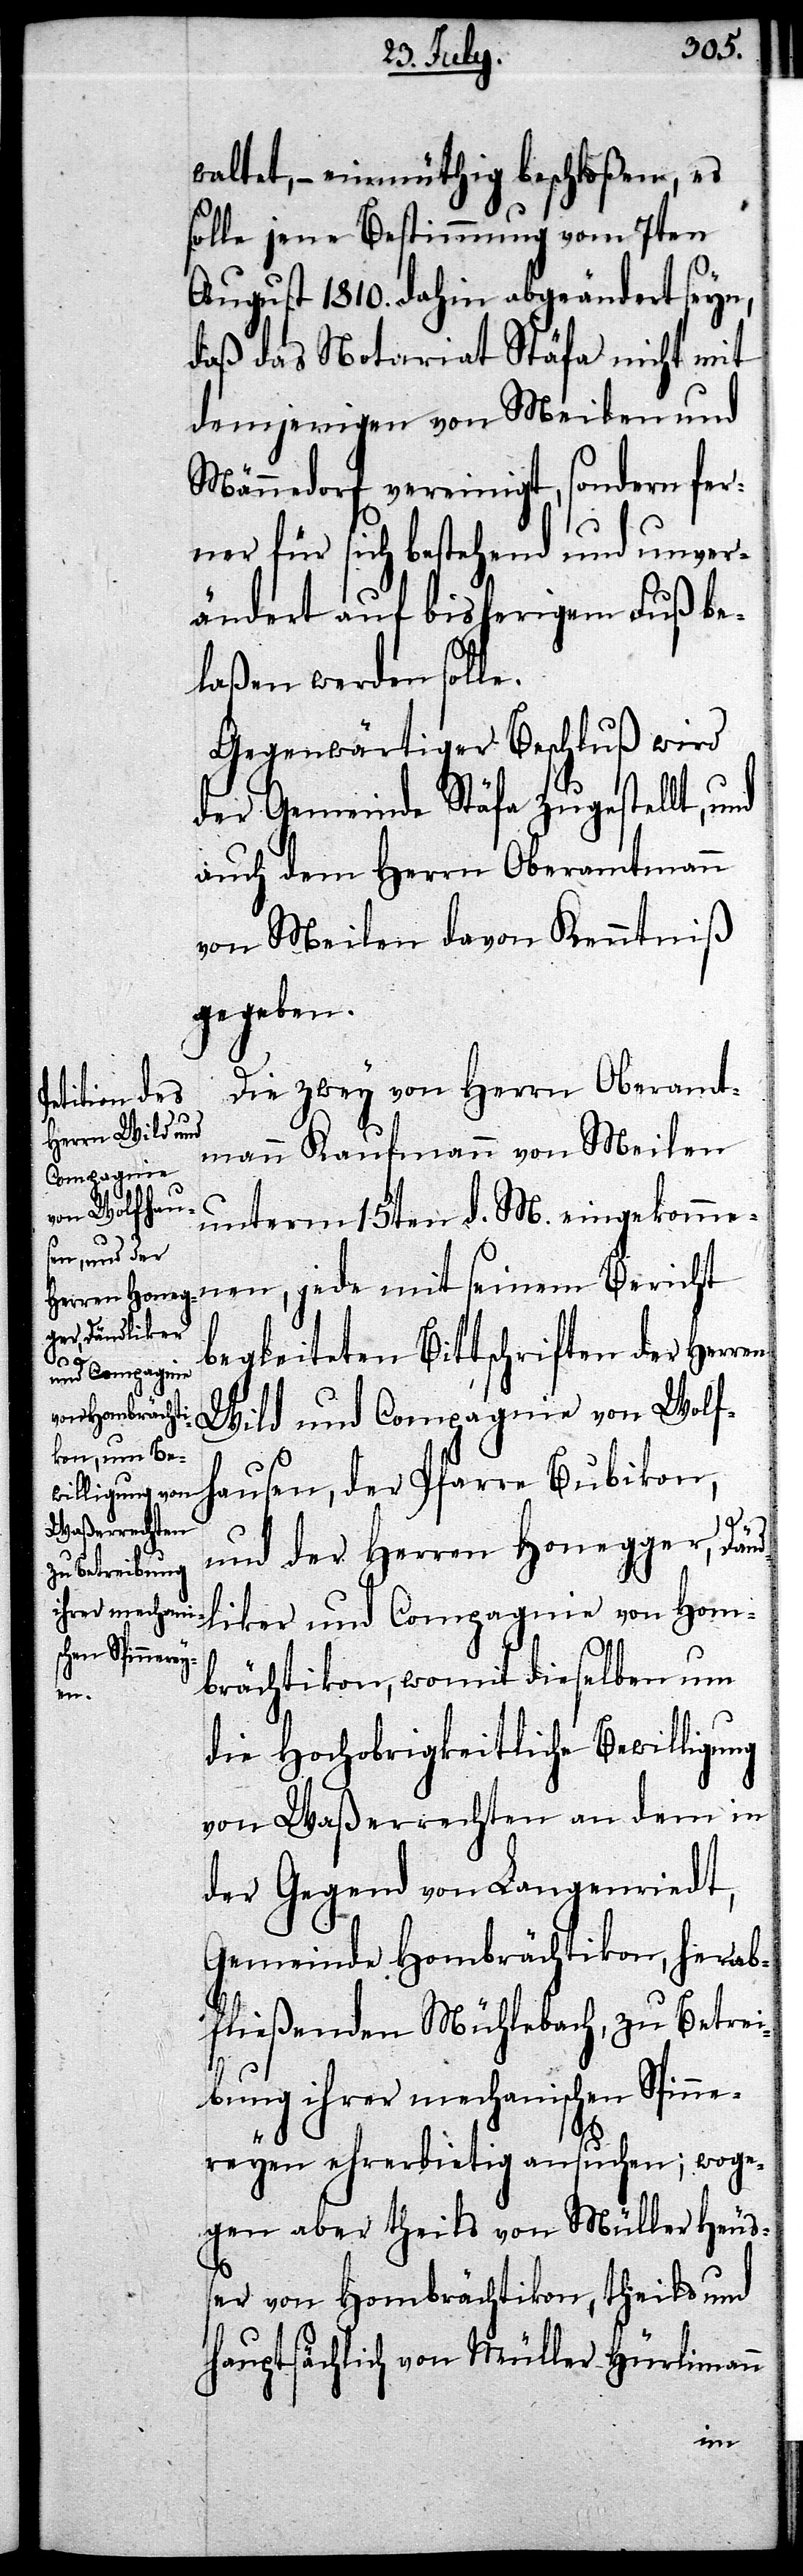
waltet, – einmüthig beschloßen, es
solle jene Bestimmung vom 7ten
August 1810. dahin abgeändert seyn,
daß das Notariat Stäfa nicht mit
demjenigen von Meilen und
Männedorf vereinigt, sondern fer¬
ner für sich bestehend und unver¬
ändert auf bisherigem Fuß be¬
laßen werden solle.
Gegenwärtiger Beschluß wird
der Gemeinde Stäfa zugestellt, und
auch dem Herrn Oberamtmann
von Meilen davon Kenntniß
gegeben.
Die zwey von Herrn Oberamt¬
mann Kaufmann von Meilen
unterm 15ten d. M. eingekomme¬
nen, jede mit seinem Bericht
begleiteten Bittschriften der Herren
Wild und Compagnie von Wolf¬
hausen, der Pfarre Bubikon,
und der Herren Honegger, Dänd¬
liker und Compagnie von Hom¬
brächtikon, womit dieselben um
die Hochobrigkeitliche Bewilligung
von Waßerrechten an dem in
der Gegend von Langenriedt,
Gemeinde Hombrächtikon, hier ab¬
fließenden Mühlebach, zu Betrei¬
bung ihrer mechanischen Spinne¬
reyen ehrerbietig ansuchen; woge¬
gen aber theils von Müller Häus¬
er von Hombrächtikon, theils und
hauptsächlich von Müller Hürlimann